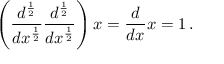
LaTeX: \left( { \frac { d ^ { \frac { 1 } { 2 } } } { d x ^ { \frac { 1 } { 2 } } } } { \frac { d ^ { \frac { 1 } { 2 } } } { d x ^ { \frac { 1 } { 2 } } } } \right) x = { \frac { d } { d x } } x = 1 \, .